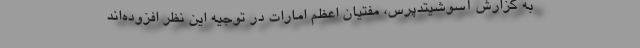
به گزارش آسوشیتدپرس، مفتیان اعظم امارات در توجیه این نظر افزوده‌اند